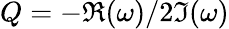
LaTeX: Q=-\Re(\omega)/2\Im(\omega)